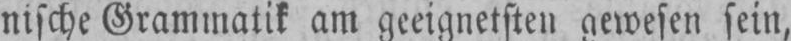
nische Grammatik am geeignetsten gewesen sein,